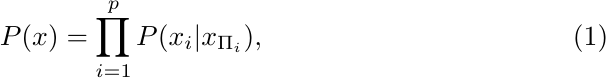
\begin{equation}
\label{eq:factorization}
P(x)=\prod_{i=1}^pP(x_i|x_{\Pi_i}),
\end{equation}